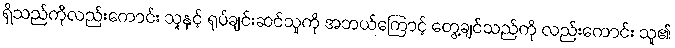
ရှိသည်ကိုလည်းကောင်း သူနှင့် ရုပ်ချင်းဆင်သူကို အဘယ်ကြောင့် တွေ့ချင်သည်ကို လည်းကောင်း သူ၏